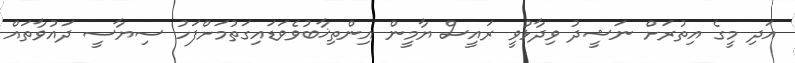
އަދި މީގެ އިތުރަށް ނަޝީދު ވިދާޅުވީ ރައީސް ޔާމީން އިންތިޚާބުވެވަޑައިގަތުމަށްފަހު ސިޔާސީ ދައުވާތައް